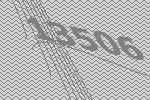
13506